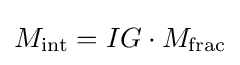
M_{\text{int}}=IG\cdot M_{\text{frac}}